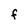
Character: F